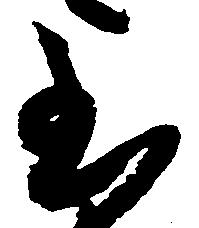
至